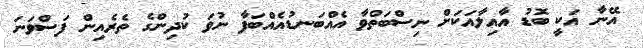
އޭނާ އަކީ ބޮޑު އާއިލާއަކަށް ނިސްބަތްވާ އެއްބަނޑުއެއްބަފާ ނުވަ ކުދިންގެ ތެރެއިން ފަސްވަނަ